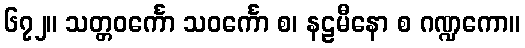
၆၇၂။ သတ္တဝင်္ကော သဝင်္ကော စ၊ နဠမီနော စ ဂဏ္ဍကော။